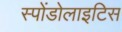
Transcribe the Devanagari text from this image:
स्पोंडोलाइटिस